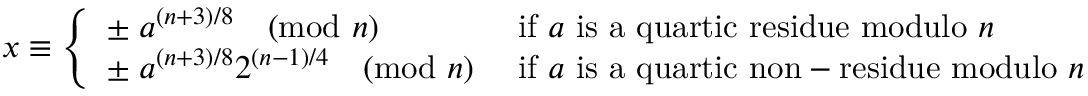
x \equiv { \left\{ \begin{array} { l l } { \pm \; a ^ { ( n + 3 ) / 8 } { \pmod { n } } } & { { \mathrm { ~ i f ~ } } a { \mathrm { ~ i s ~ a ~ q u a r t i c ~ r e s i d u e ~ m o d u l o ~ } } n } \\ { \pm \; a ^ { ( n + 3 ) / 8 } 2 ^ { ( n - 1 ) / 4 } { \pmod { n } } } & { { \mathrm { ~ i f ~ } } a { \mathrm { ~ i s ~ a ~ q u a r t i c ~ n o n - r e s i d u e ~ m o d u l o ~ } } n } \end{array} \right. }